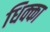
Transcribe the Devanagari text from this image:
धिक्का